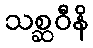
သစ္ဆဝီနိ